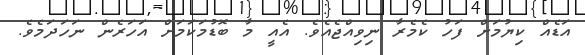
އަޑެއް ކިޔުމަށް ފަހު ކެމެރާ ނިވިއްޖެއެވެ. އެއީ މާ ބޮޑުމަކަމަށް އަހަރެން ނަހަދަމެވެ.